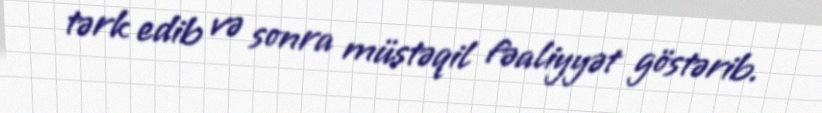
tərk edib və sonra müstəqil fəaliyyət göstərib.